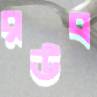
রউব